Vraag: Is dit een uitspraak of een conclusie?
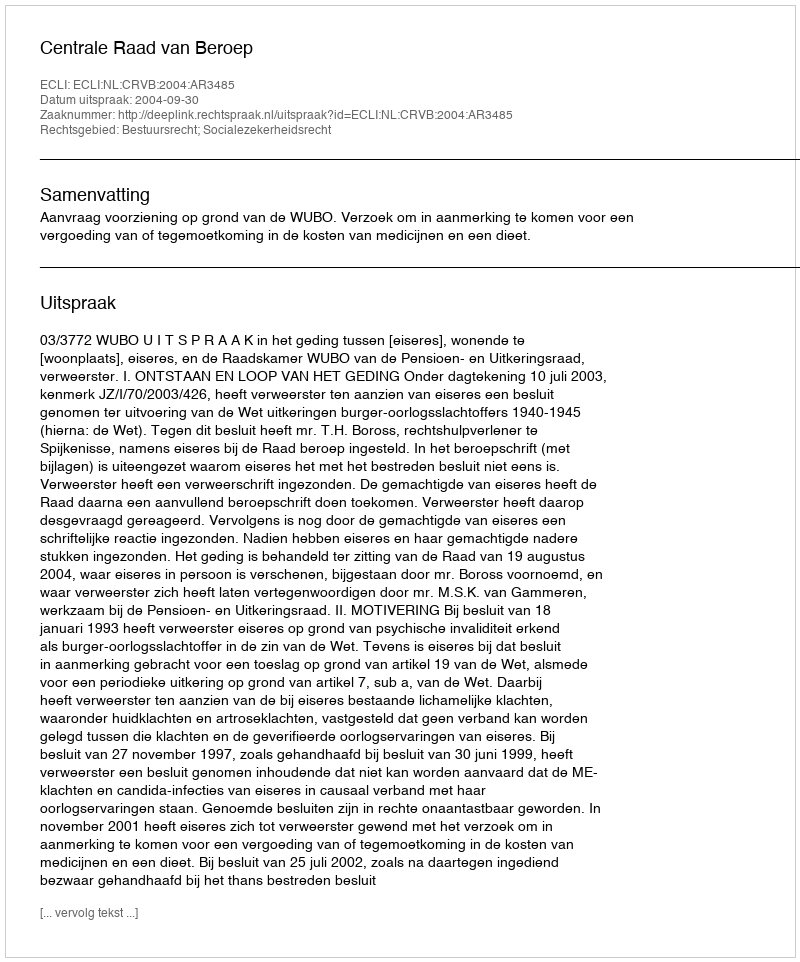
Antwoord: Uitspraak